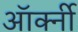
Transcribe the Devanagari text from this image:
ऑर्क्नी